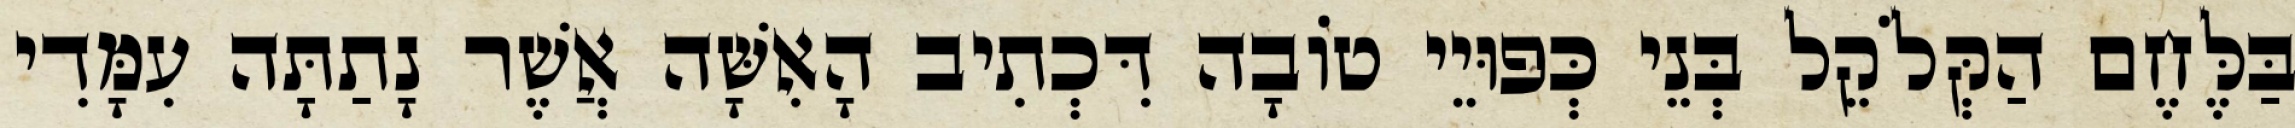
בַּלֶּחֶם הַקְּלֹקֵל בְּנֵי כְּפוּיֵי טוֹבָה דִּכְתִיב הָאִשָּׁה אֲשֶׁר נָתַתָּה עִמָּדִי